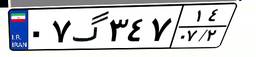
۳۷گ۱۱۷۳۴